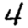
Digit: 4